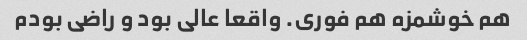
هم خوشمزه هم فوری. واقعا عالی بود و راضی بودم